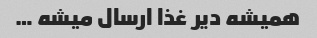
همیشه دیر غذا ارسال میشه …